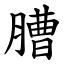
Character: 䐬